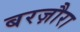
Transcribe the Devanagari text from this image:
बरज़ौरा